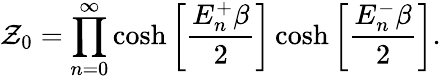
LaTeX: \mathcal{Z}_{0}=\prod_{n=0}^{\infty}\cosh\bigg[\frac{{E_{n}^{+}\beta}}{{2}}\bigg]\cosh\bigg[\frac{{E_{n}^{-}\beta}}{{2}}\bigg].